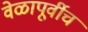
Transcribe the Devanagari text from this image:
वेळापूर्वीच